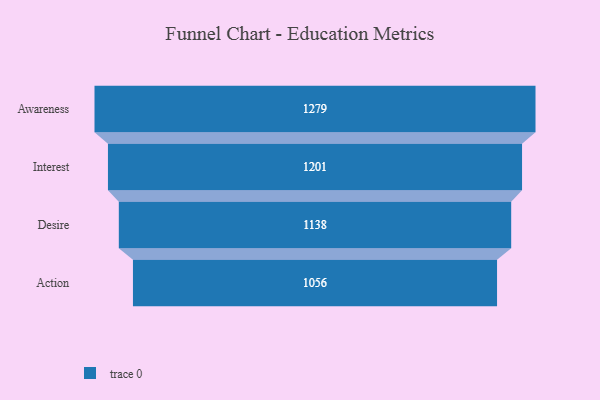
{"axis": {"x": "Stage", "y": "Value"}, "legend": [""], "data": [{"x": "Awareness", "y": 1279.0, "type": ""}, {"x": "Interest", "y": 1201.0, "type": ""}, {"x": "Desire", "y": 1138.0, "type": ""}, {"x": "Action", "y": 1056.0, "type": ""}]}